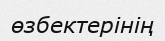
өзбектерінің